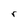
Character: r